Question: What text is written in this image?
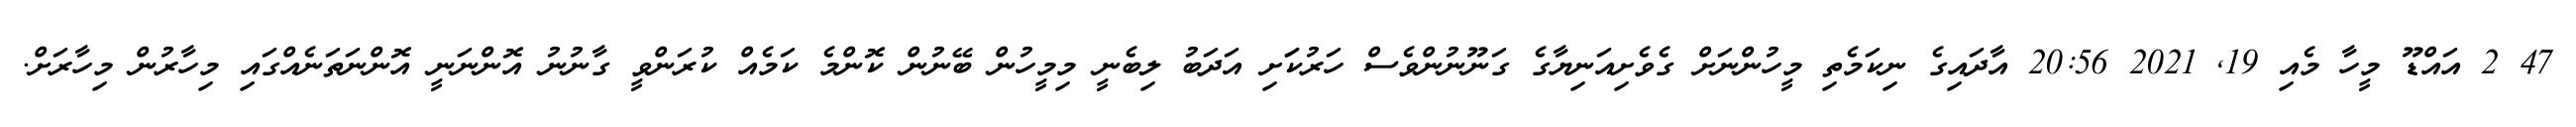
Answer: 47 2 އައްޑޫ މީހާ މެއި 19, 2021 20:56 އާދައިގެ ނިކަމެތި މީހުންނަށް ގެވެށިއަނިޔާގެ ގަނޫނުންވެސް ހަރުކަަށި އަދަބު ލިބެނީ މިމީހުން ބޭނުން ކޮންމެ ކަމެއް ކުރަންވީ ގާނުނު އޮންނަނީ އޮންނަތަނެއްގައި މިހާރުން މިހާރަށް.